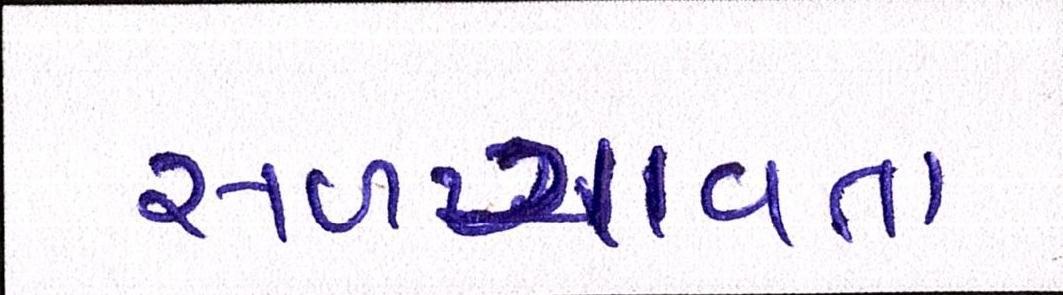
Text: સળગાવતા